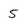
Character: 5